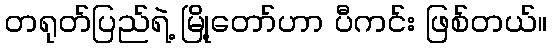
တရုတ်ပြည်ရဲ့ မြို့တော်ဟာ ပီကင်း ဖြစ်တယ်။